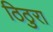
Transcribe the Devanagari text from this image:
ठिठुरा